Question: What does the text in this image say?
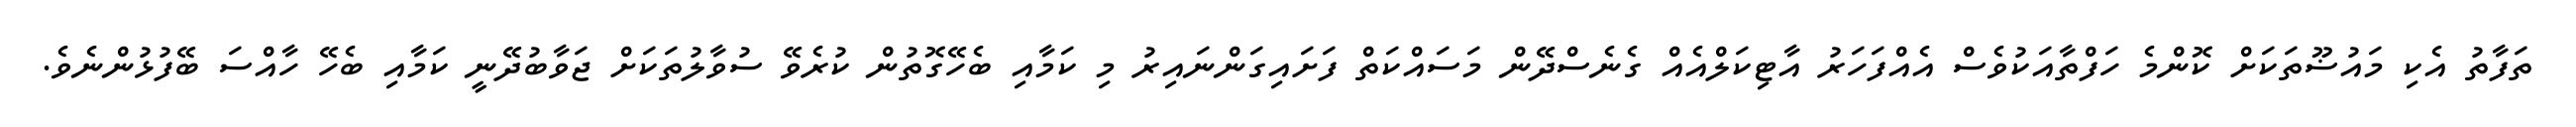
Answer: ތަފާތު އެކި މައުޟޫތަކަށް ކޮންމެ ހަފްތާއަކުވެސް އެއްފަހަރު އާޓިކަލްއެއް ގެނެސްދޭން މަސައްކަތް ފަށައިގަންނައިރު މި ކަމާއި ބެހޭގޮތުން ކުރެވޭ ސުވާލުތަކަށް ޖަވާބުދޭނީ ކަމާއި ބެހޭ ހާއްސަ ބޭފުޅުންނެވެ.